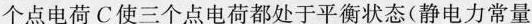
个点电荷都处于平衡状态(静电力常量